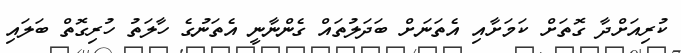
ކުރިއަށްދާ ގޮތަށް ކަމަށާއި އެތަނަށް ބަދަލުތައް ގެންނާނީ އެތަނުގެ ހާލަތު ހުރިގޮތް ބަލައި